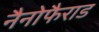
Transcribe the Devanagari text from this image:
नैनोफैराड